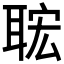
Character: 𦕹